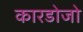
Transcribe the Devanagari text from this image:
कारडोजो